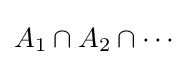
A_{1}\cap A_{2}\cap \cdots